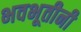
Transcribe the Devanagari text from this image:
भवभूतीनी